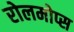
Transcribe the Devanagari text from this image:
रोलमोप्स